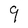
Character: q